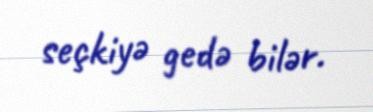
seçkiyə gedə bilər.